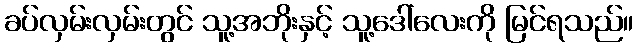
ခပ်လှမ်းလှမ်းတွင် သူ့အဘိုးနှင့် သူ့ဒေါ်လေးကို မြင်ရသည်။